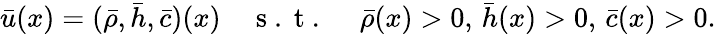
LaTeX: \bar{u}(x)=(\bar{\rho},\bar{h},\bar{c})(x)\quad\mathrm{~s~.~t~.~}\quad\bar{\rho}(x)>0,\, \bar{h}(x)>0,\, \bar{c}(x)>0.